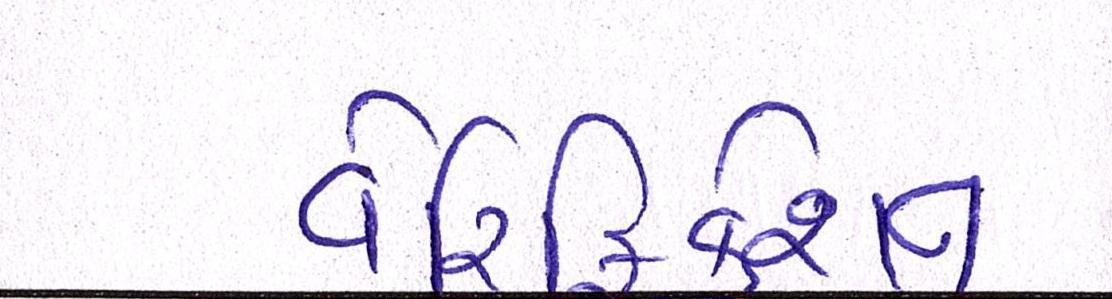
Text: વેરિફિકેશન